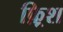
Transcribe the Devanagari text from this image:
फ़्रिश